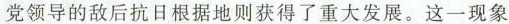
党领导的敌后抗日根据地则获得了重大发展。这一现象